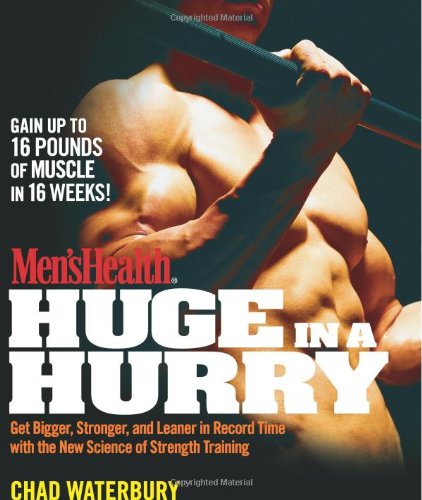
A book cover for Men's Health Huge in a Hurry: Get Bigger, Stronger, and Leaner in Record Time with the New Science of Strength Training (Men's Health (Rodale)); Chad Waterbury; Health, Fitness & Dieting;